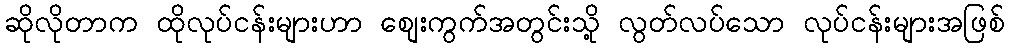
ဆိုလိုတာက ထိုလုပ်ငန်းများဟာ စျေးကွက်အတွင်းသို့ လွတ်လပ်သော လုပ်ငန်းများအဖြစ်